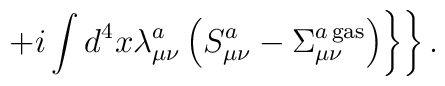
\left.\left.+i\int d^4x\lambda_{\mu\nu}^a\left(S_{\mu\nu}^a-\Sigma_{\mu\nu}^{a{\,}{\rm gas}}\right)\right\}\right\}.